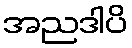
အညဒါပိ